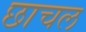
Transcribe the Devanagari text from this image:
छाचल